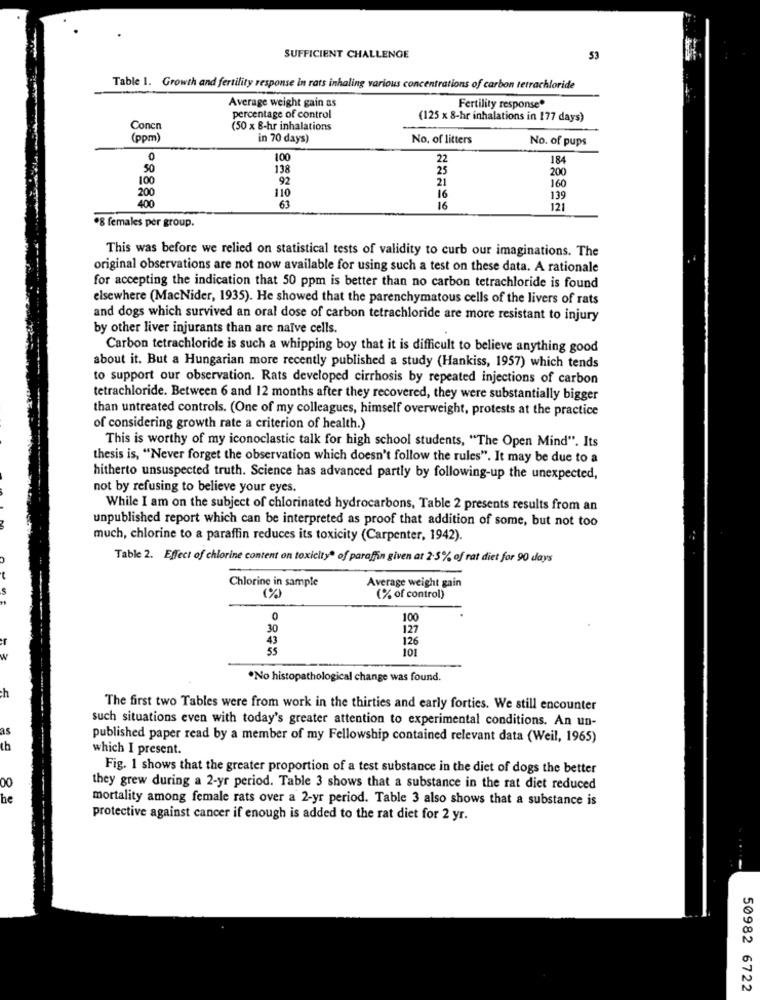
SUFFICIENT CHALLENGE
53
Table 1. Growth and fertility response in rats inhaling various concentrations of carbon tetrachloride
Average weight gain as
Fertility response®
percentage of control
(125 x 8-hr inhalations in 177 days)
Concn
(50 x 8-hr inhalations
(ppm)
in 70 days)
No, of litters
No. of pups
0
100
22
184
50
138
25
200
100
92
21
110
160
200
16
139
400
63
16
121
·8 females per group.
This was before we relied on statistical tests of validity to curb our imaginations. The
original observations are not now available for using such a test on these data. A rationale
for accepting the indication that 50 ppm is better than no carbon tetrachloride is found
elsewhere (MacNider, 1935). He showed that the parenchymatous cells of the livers of rats
and dogs which survived an oral dose of carbon tetrachloride are more resistant to injury
by other liver injurants than are naïve cells.
Carbon tetrachloride is such a whipping boy that it is difficult to believe anything good
about it. But a Hungarian more recently published a study (Hankiss, 1957) which tends
to support our observation. Rats developed cirrhosis by repeated injections of carbon
tetrachloride. Between 6 and 12 months after they recovered, they were substantially bigger
than untreated controls. (One of my colleagues, himself overweight, protests at the practice
of considering growth rate a criterion of health.)
This is worthy of my iconoclastic talk for high school students, "The Open Mind". Its
thesis is, "Never forget the observation which doesn't follow the rules". It may be due to a
hitherto unsuspected truth. Science has advanced partly by following-up the unexpected,
not by refusing to believe your eyes.
While I am on the subject of chlorinated hydrocarbons, Table 2 presents results from an
unpublished report which can be interpreted as proof that addition of some, but not too
much, chlorine to a paraffin reduces its toxicity (Carpenter, 1942).
Table 2. Effect of chlorine content on toxicityª of paraffin given at 2-5% of rat diet for 90 days
Average weight gain
Chlorine in sample
(%)
(% of control)
0
100
30
127
126
55
101
W
.No histopathological change was found.
ch
The first two Tables were from work in the thirties and early forties. We still encounter
such situations even with today's greater attention to experimental conditions. An un-
as
published paper read by a member of my Fellowship contained relevant data (Weil, 1965)
th
which I present.
Fig. 1 shows that the greater proportion of a test substance in the diet of dogs the better
00
they grew during a 2-yr period. Table 3 shows that a substance in the rat diet reduced
he
mortality among female rats over a 2-yr period. Table 3 also shows that a substance is
protective against cancer if enough is added to the rat diet for 2 yr.
50982 6722